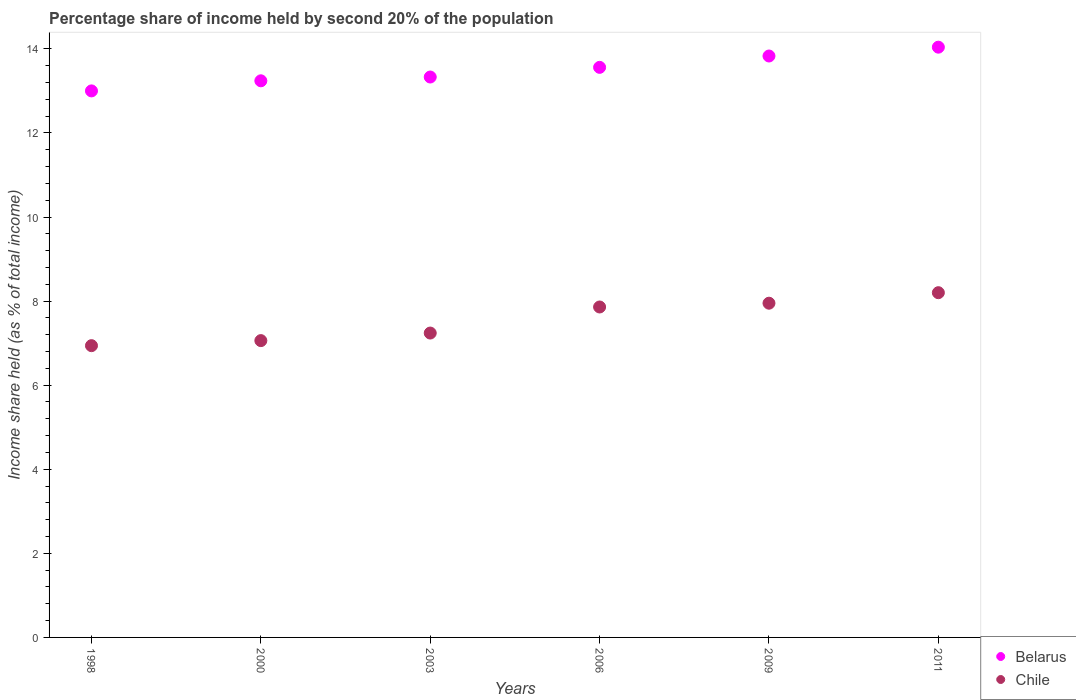
| Years | Belarus | Chile |
 | --- | --- | --- |
 | 1998 | 13 | 6.94 |
 | 2000 | 13.2 | 7.06 |
 | 2003 | 13.3 | 7.24 |
 | 2006 | 13.6 | 7.86 |
 | 2009 | 13.8 | 7.95 |
 | 2011 | 14 | 8.2 |